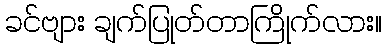
ခင်ဗျား ချက်ပြုတ်တာကြိုက်လား။